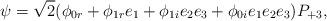
LaTeX: \begin{align*}\psi =\sqrt{2}(\phi _{0r}+\phi _{1r}e_{1}+\phi _{1i}e_{2}e_{3}+\phi_{0i}e_{1}e_{2}e_{3})P_{+3}, \end{align*}